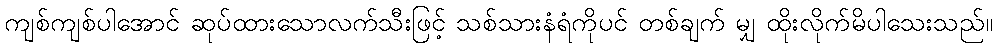
ကျစ်ကျစ်ပါအောင် ဆုပ်ထားသောလက်သီးဖြင့် သစ်သားနံရံကိုပင် တစ်ချက် မျှ ထိုးလိုက်မိပါသေးသည်။